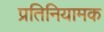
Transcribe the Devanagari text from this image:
प्रतिनियामक